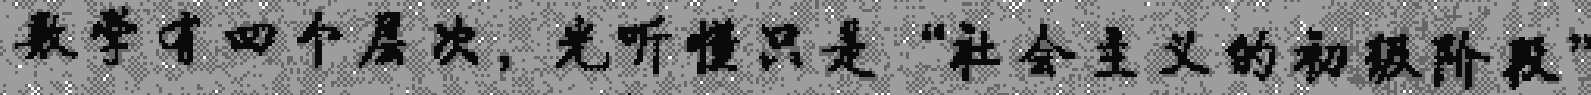
数学有四个层次，光听懂只是“社会主义的初级阶段”